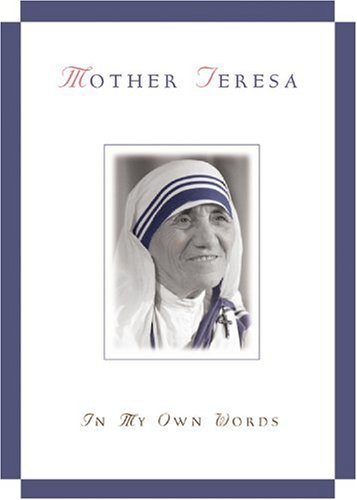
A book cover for Mother Teresa: In My Own Words; Jose Luis Gonzalez-Balado; Biographies & Memoirs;